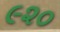
૯૨૦